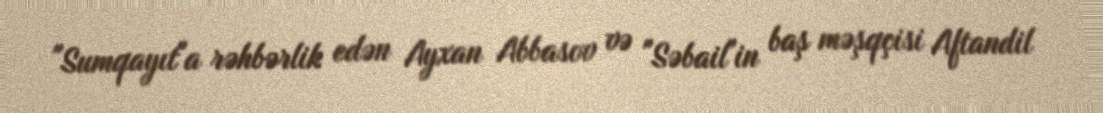
"Sumqayıt"a rəhbərlik edən Ayxan Abbasov və "Səbail"in baş məşqçisi Aftandil